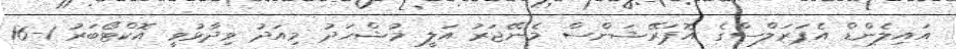
އައިލެންޑް އެޕަރަލްސްގެ އޮޕަރޭޝަންސް މެނޭޖަރު އަލީ މުޝްހަދު މިއަދު ވިދާޅުވީ އޮކްޓޯބަރު 1-16